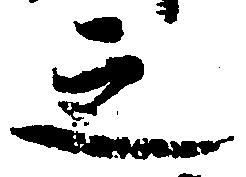
之